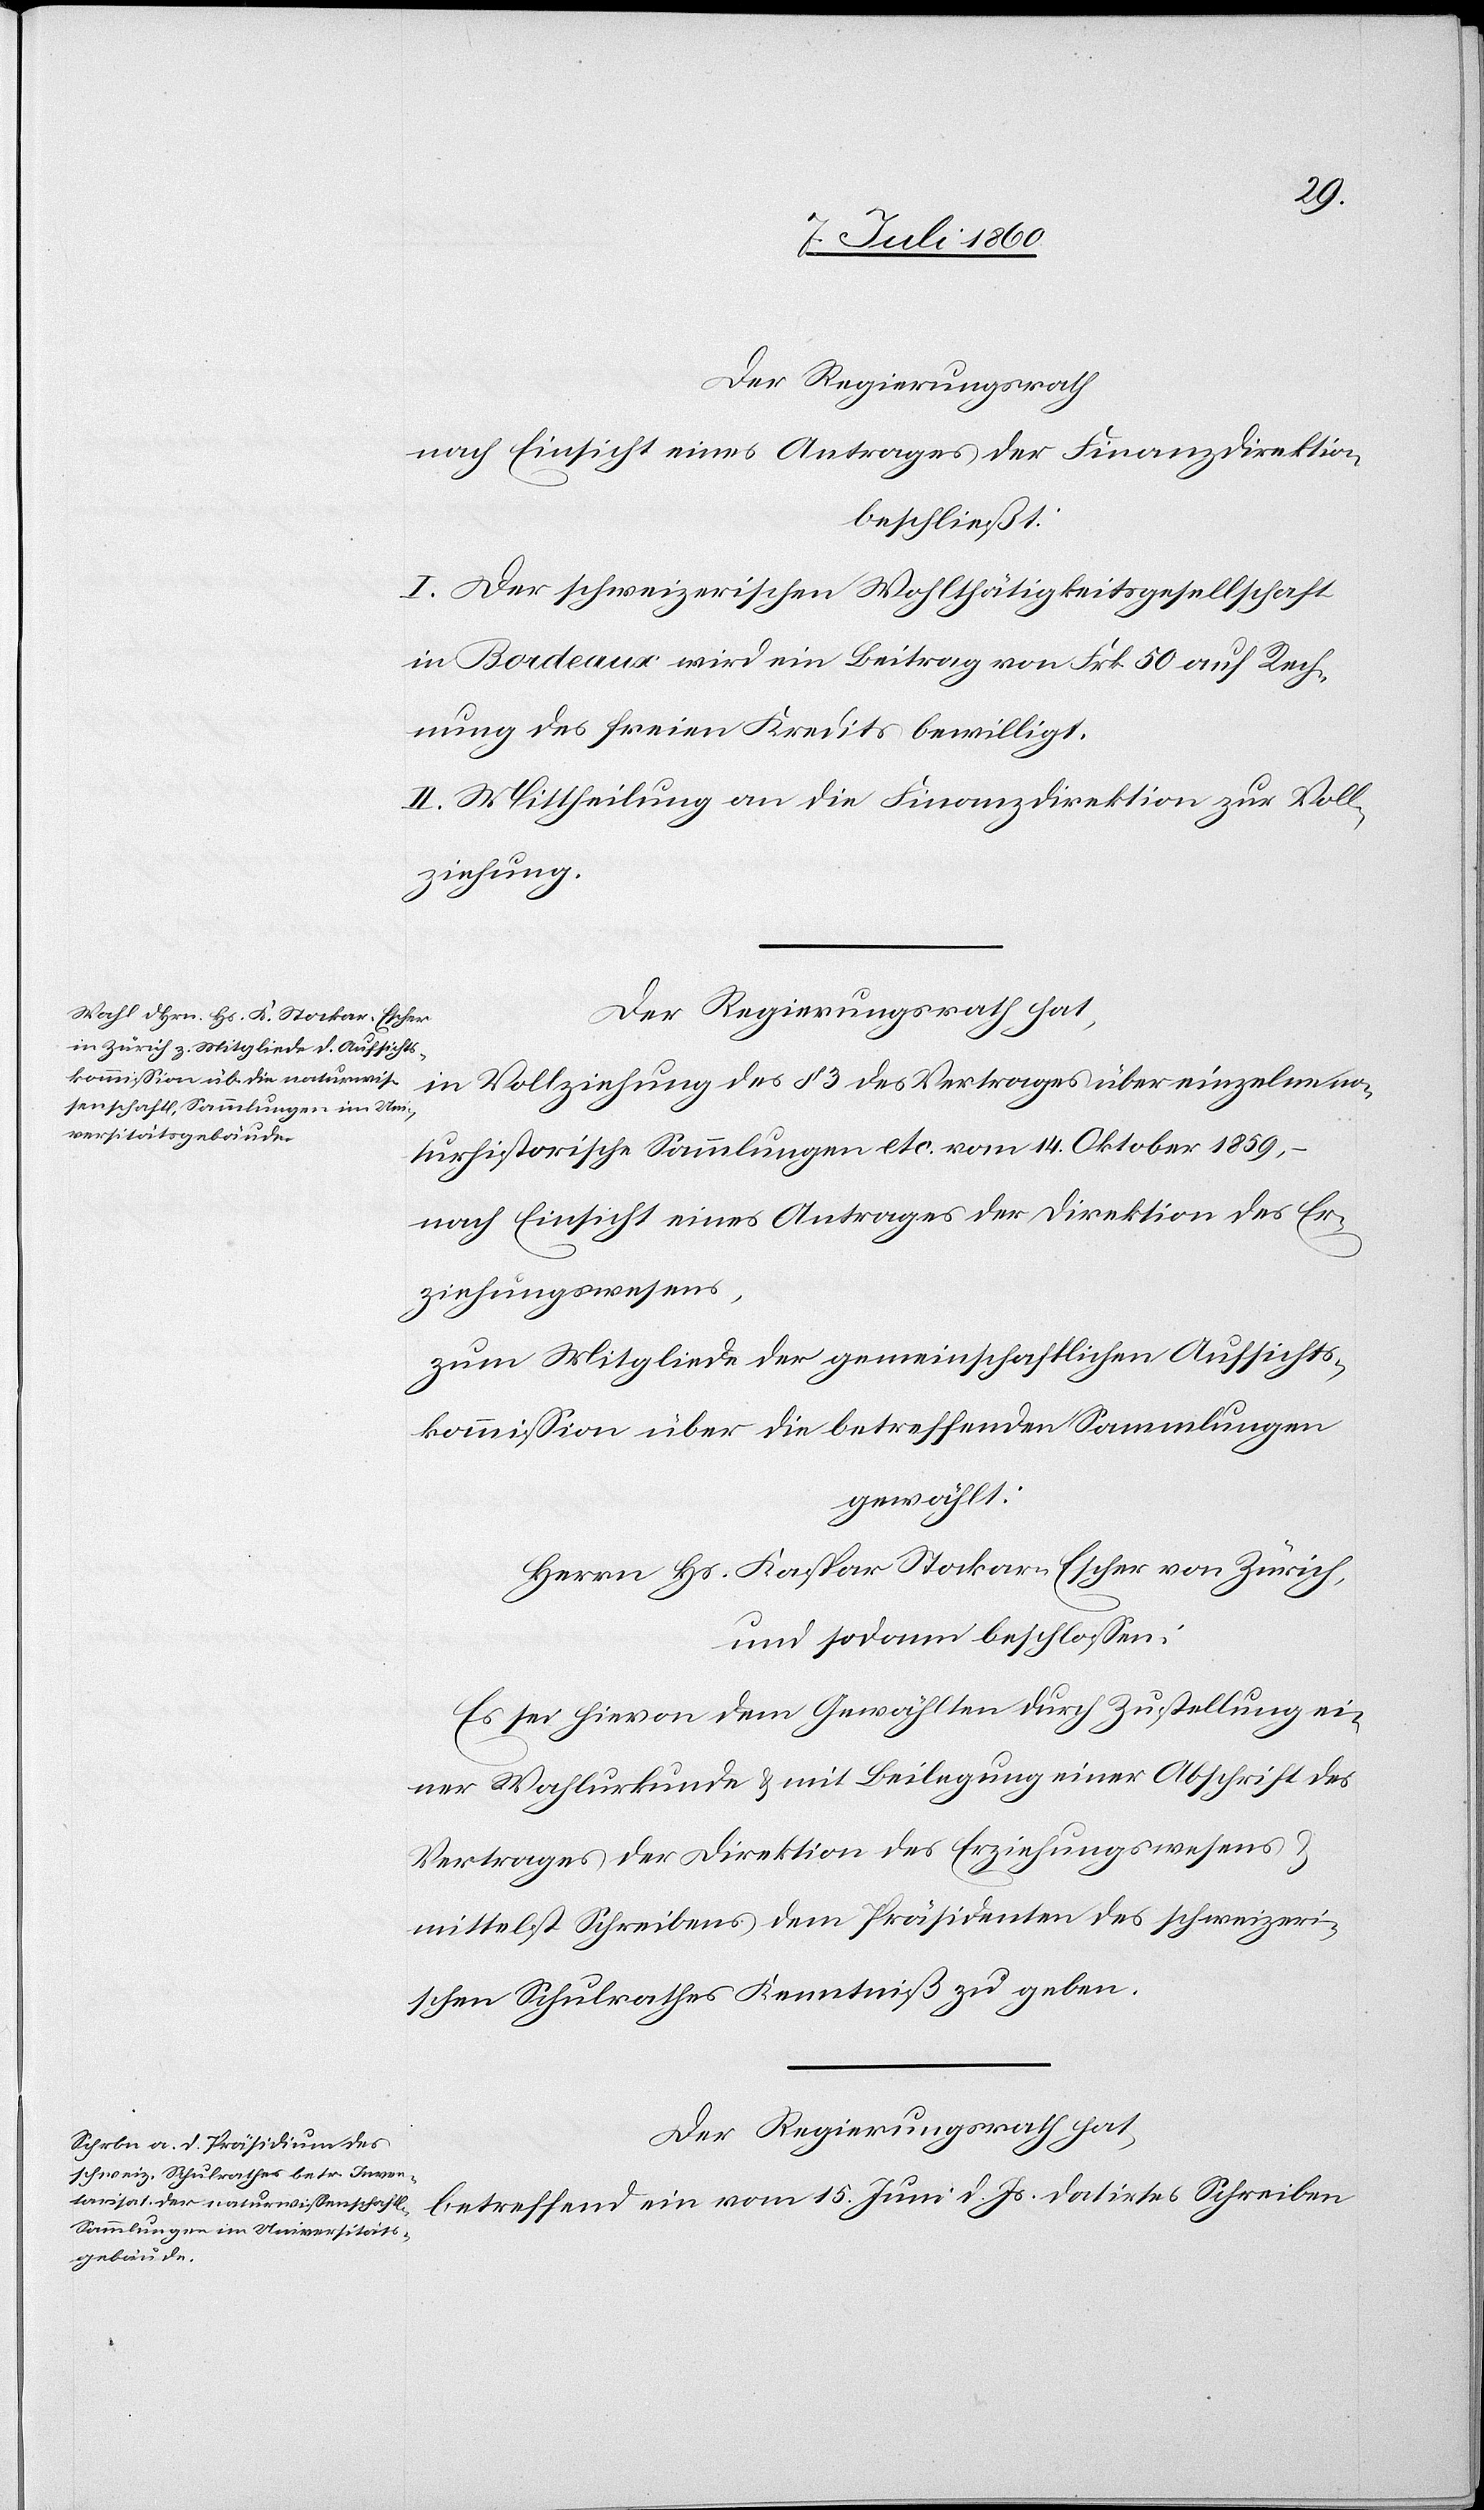
Der Regierungsrath
nach Einsicht eines Antrages der Finanzdirektion
beschließt:
I. Der schweizerischen Wohlthätigkeitsgesellschaft
in Bordeaux wird ein Beitrag von Frk. 50 auf Rech¬
nung des freien Kredits bewilligt.
II. Mittheilung an die Finanzdirektion zur Voll¬
ziehung.
Der Regierungsrath hat,
in Vollziehung des § 3 des Vertrages über einzelne na¬
turhistorische Sammlungen etc. vom 14. Oktober 1859,
nach Einsicht eines Antrages der Direktion des Er¬
ziehungswesens,
zum Mitgliede der gemeinschaftlichen Aufsichts¬
kommission über die betreffenden Sammlungen
gewählt:
Herrn Hs. Kaspar Stockar-Escher von Zürich,
und sodann beschlossen:
Es sei hievon dem Gewählten durch Zustellung ei¬
ner Wahlurkunde & mit Beilegung einer Abschrift des
Vertrages der Direktion des Erziehungswesens
mittelst Schreibens dem Präsidenten des schweizeri¬
schen Schulrathes Kenntniß zu geben.
Der Regierungsrath hat,
betreffend ein vom 15. Juni d. Js. datirtes Schreiben